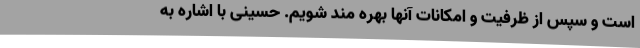
است و سپس از ظرفیت و امکانات آنها بهره مند شویم. حسینی با اشاره به